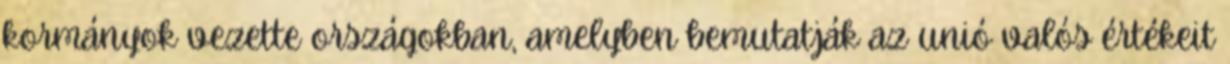
kormányok vezette országokban, amelyben bemutatják az unió valós értékeit